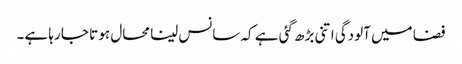
فضا میں آلودگی اتنی بڑھ گئی ہے کہ سانس لینا محال ہو تا جا رہا ہے۔